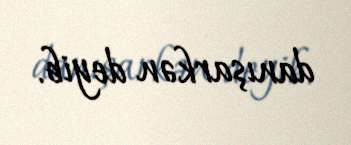
danışarkən deyib.